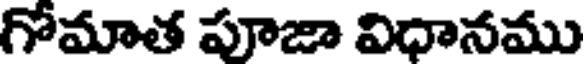
గోమాత పూజా విధానము